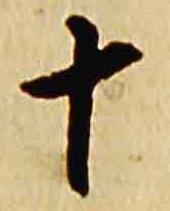
十